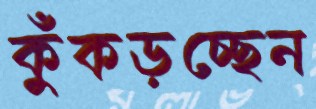
কুঁকড়চ্ছেন